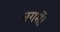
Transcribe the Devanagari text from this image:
नगमें।